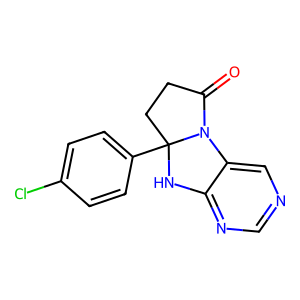
SMILES: O=C1CCC2(c3ccc(Cl)cc3)Nc3ncncc3N12
Inhibits HIV replication: No